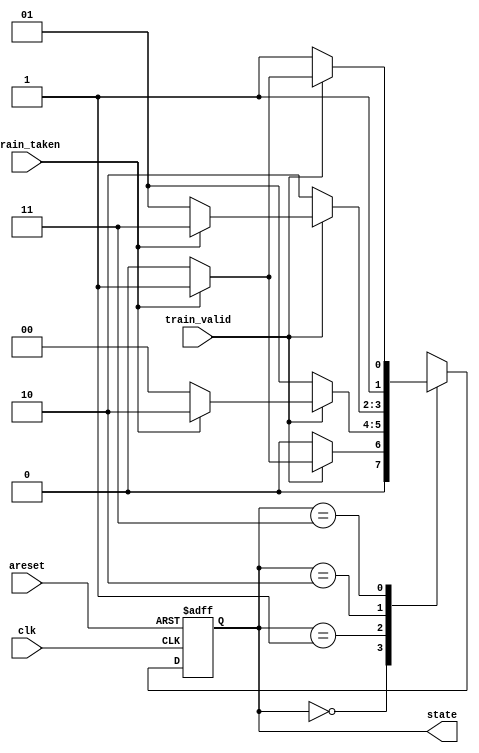
module top_module(
    input clk,
    input areset,
    input train_valid,
    input train_taken,
    output [1:0] state
);

    parameter SNT=0, WNT=1, WT=2, ST=3;
    
    reg [1:0] next_state;
    
    always @(posedge clk or posedge areset) begin
        if (areset) state <= WNT;
        else state <= next_state;
    end
    
    always @(*) begin
        case (state)
            SNT: next_state = train_valid ? (train_taken ? WNT : SNT) : SNT;
            WNT: next_state = train_valid ? (train_taken ? WT : SNT) : WNT;
            WT: next_state = train_valid ? (train_taken ? ST : WNT) : WT;
            ST: next_state = train_valid ? (train_taken ? ST : WT) : ST;
        endcase
    end
endmodule